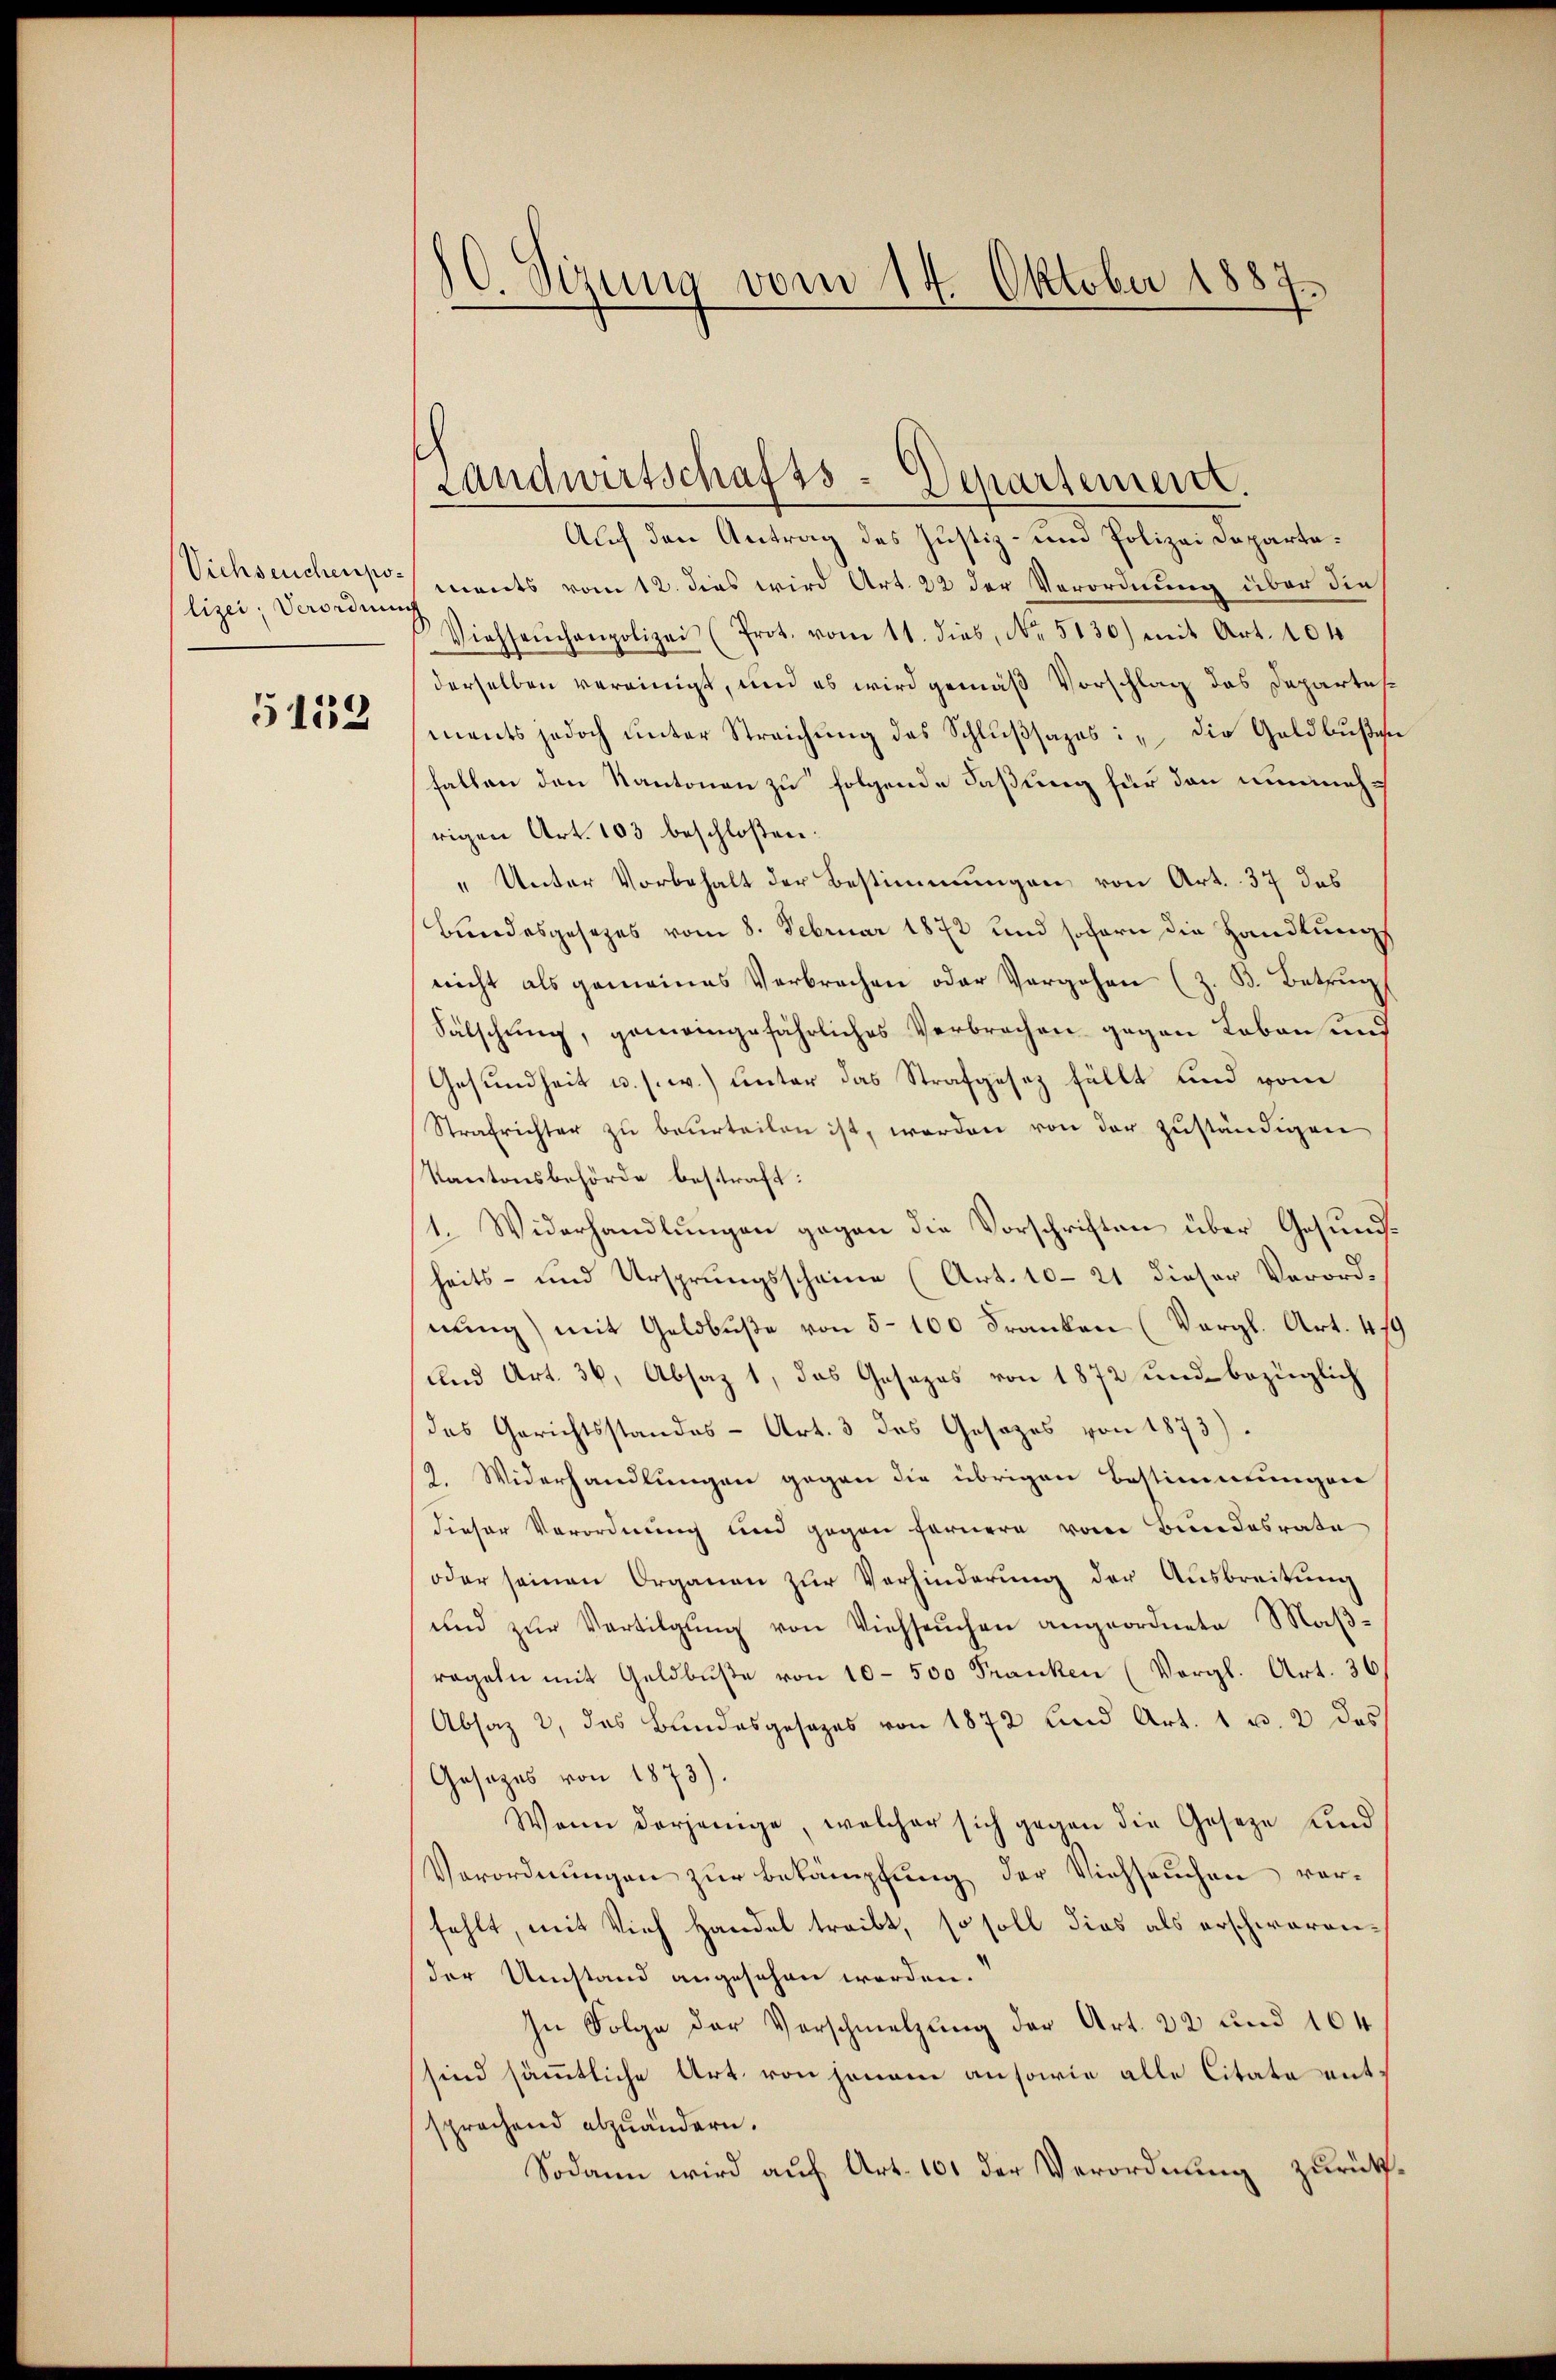
Viehseuchenpo-
lizei, Verordnung

5152

s
J. Sizung vom 14. Oktober 1887.

Landwirtschafts-Departement.

Auch den Antrag des Justiz- und Polizei Departaments vom 12. dies wird Art. 22 der Verordnung über die
Viehseuchenpolizei (Prot. vom 11. dies, No. 5130) mit Art. 104
derselben vereinigt, und es wird gemäß Vorschlag das Departesments jedoch unter Streichung des Schlußsazes: „Die Geldbußen
fallen den Kantonen zu folgende Faßung für den nunmehrigen Art. 103 beschloßen:
„Unter Vorbehalt der Bestimmungen von Art. 37 das
Bundesgesezes vom 8. Februar 1872 und sofern die Handlungs
nicht als gemeines Verbrechen oder Vergehen (z. B. Betrug
Sälschung, gemeingefährliches Verbrechen gegen Loben und
Gesundheit u. s. w.) unter das Strafgesez fällt und vom
Strafrichter zu beurteilen ist, werden von der zuständigen
Kantonsbehörde bestraft:
1. Widerhandlungen gegen die Vorschriften über Gesundheits- und Ursprungsscheine (Art. 1021 dieser Verordnung) mit Geldbuße von 5-100 Franken (Vergl. Art. 419
und Art. 36, Absaz 1, das Gesezes von 1872 und bezüglich
das Gerichtsstandes - Art. 3 das Gesetzes von 1873).
2. Widerhandlungen gegen die übrigen Bestimmungen
dieser Verordnung und gegen fernere vom Bundesrate
oder seinen Organen zŭr Verhinderŭng der Aŭsbreitŭng
und zŭr Vertilgŭng von Viehseuchen angeordnete Maβ-
regeln mit Geldbuße von 10-500 Franken (Vergl. Art. 36
Absaz 2, das Bundesgesezes von 1872 und Art. 1 u. 2 des
Gesetzes von 1873).
Wenn derjenige, welcher sich gegen die Geseze und
Verordnungen zur Bekämpfung der Viehseuchen verfehlt, mit Vieh Handel treibt, so soll dies als erschwarender Umstand angesehen werden.
In Folge der Verschmelzung der Art. 22 und 104
sind sämmtliche Art. von jenem ansowie alle Citata entsprachend abzuändern.
Sodann wird auf Art. 101 der Verordnung zurücks¬